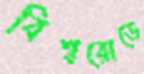
বিশ্বরোডে